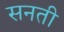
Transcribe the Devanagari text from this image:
सनती